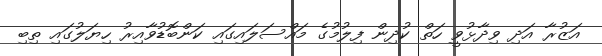
އަޒުރާ އަދި ވިދާޅުވީ ހަތް ކުދިން ފިލުމުގެ މައްސަލައިގައި ކަންބޮޑުވާއިރު ހިޔަލުގައި ތިބި